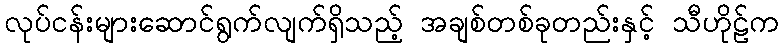
လုပ်ငန်းများဆောင်ရွက်လျက်ရှိသည့် အချစ်တစ်ခုတည်းနှင့် သီဟိုဠ်က